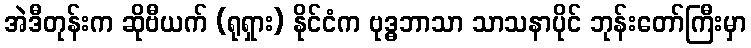
အဲဒီတုန်းက ဆိုဗီယက် (ရုရှား) နိုင်ငံက ဗုဒ္ဓဘာသာ သာသနာပိုင် ဘုန်းတော်ကြီးမှာ